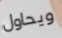
ويحاول